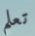
تعلم